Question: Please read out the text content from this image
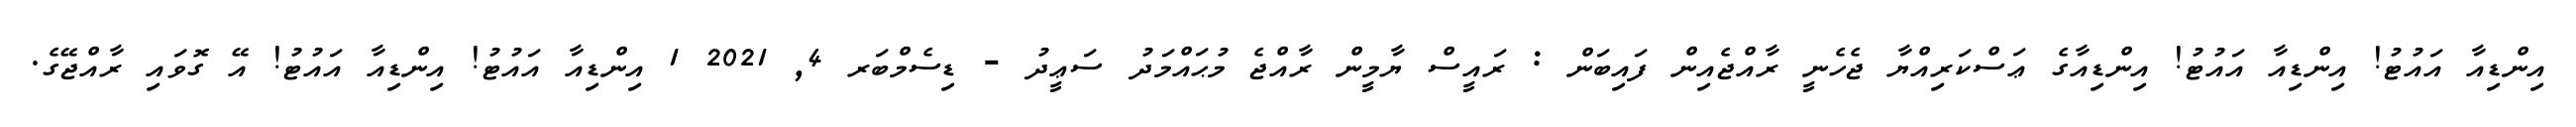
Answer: އިންޑިއާ އައުޓު! އިންޑިއާ އައުޓު! އިންޑިއާގެ ޢަސްކަރިއްޔާ ޖެހެނީ ރާއްޖެއިން ފައިބަން : ރައީސް ޔާމީން ރާއްޖެ މުޙައްމަދު ސަޢީދު - ޑިސެމްބަރ 4, 2021 1 އިންޑިއާ އައުޓު! އިންޑިއާ އައުޓު! އޭ ގޮވައި ރާއްޖޭގެ.